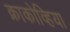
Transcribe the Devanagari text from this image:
क्राकोव्हिया